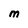
Character: M